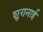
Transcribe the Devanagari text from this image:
शुग़नाई